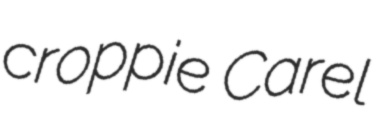
croppie Carel